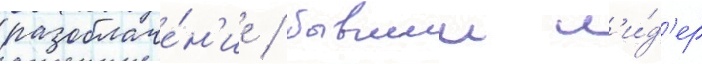
разоблаче́н'ие / бывшии л'и́д'ер